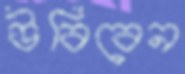
উবিবেন